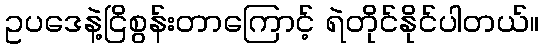
ဥပဒေနဲ့ငြိစွန်းတာကြောင့် ရဲတိုင်နိုင်ပါတယ်။